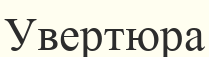
Увертюра